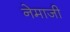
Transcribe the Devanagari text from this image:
नेमाजी